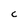
Character: c